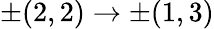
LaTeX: \pm(2,2)\rightarrow\pm(1,3)